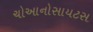
ચોઆનોસાયટસ